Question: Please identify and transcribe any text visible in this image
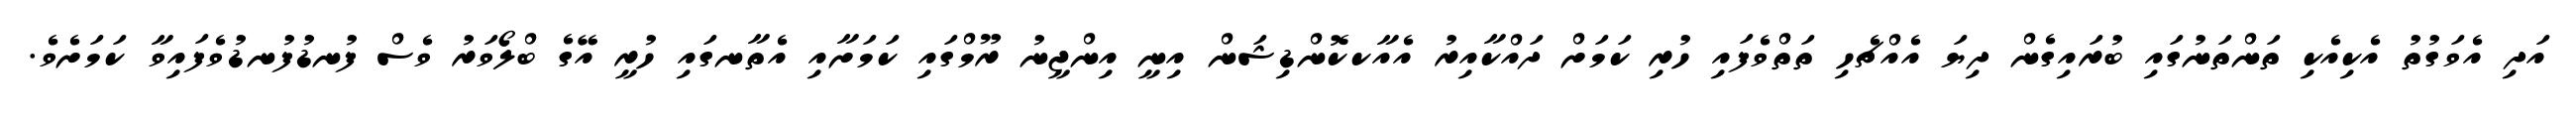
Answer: އަދި އެވަގުތު އެކިއެކި ތަންތަނުގައި ބުރައިގެން ދިޔަ އެއްޗެހި ތަތްވެފައި ހުރި ކަމަށް ދައްކާއިރު އެއާކކޮންޑިޝަން އިނީ އިންޖީނު ރޫމްގައި ކަމަށާއި އެތާނގައި ހުރީ އޭގެ ބްލޯވަރު ވެސް ފުނޑުފުނޑުވެފައިވާ ކަމަށެވެ.